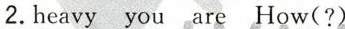
2.heavy you are How(?)